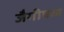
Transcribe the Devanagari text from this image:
जैगीषध्य